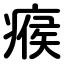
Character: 瘊